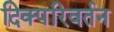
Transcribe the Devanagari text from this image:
दिक्परिवर्तन